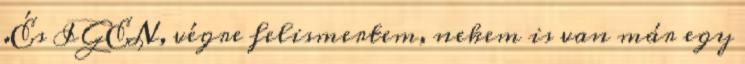
.És IGEN, végre felismertem, nekem is van már egy